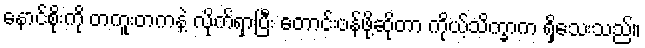
နောင်စိုးကို တကူးတကနဲ့ လိုက်ရှာပြီး တောင်းပန်ဖို့ဆိုတာ ကိုယ့်သိက္ခာက ရှိသေးသည်။